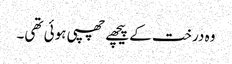
وہ درخت کے پیچھے چھپی ہوئی تھی۔